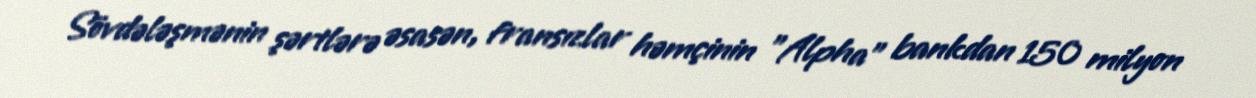
Sövdələşmənin şərtlərə əsasən, fransızlar həmçinin "Alpha" bankdan 150 milyon